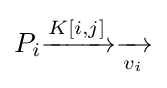
P_{i}{\xrightarrow[{}]{K[i,j]}}{\xrightarrow[{v_{i}}]{}}